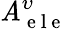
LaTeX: \mathit{A}_{\mathrm{{~e~l~e~}}}^{\upsilon}